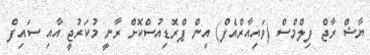
ޔާޝް ރާޖް ފިލްމްސް (ވައިއާރްއެފް) އިން ޕްރޮޑިއުސްކޮށް ރާނީ މުކަރުޖީ އާއި ސައިފް